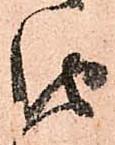
由